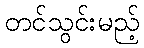
တင်သွင်းမည့်